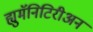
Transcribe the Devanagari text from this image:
ह्युमॅनिटिरीअन